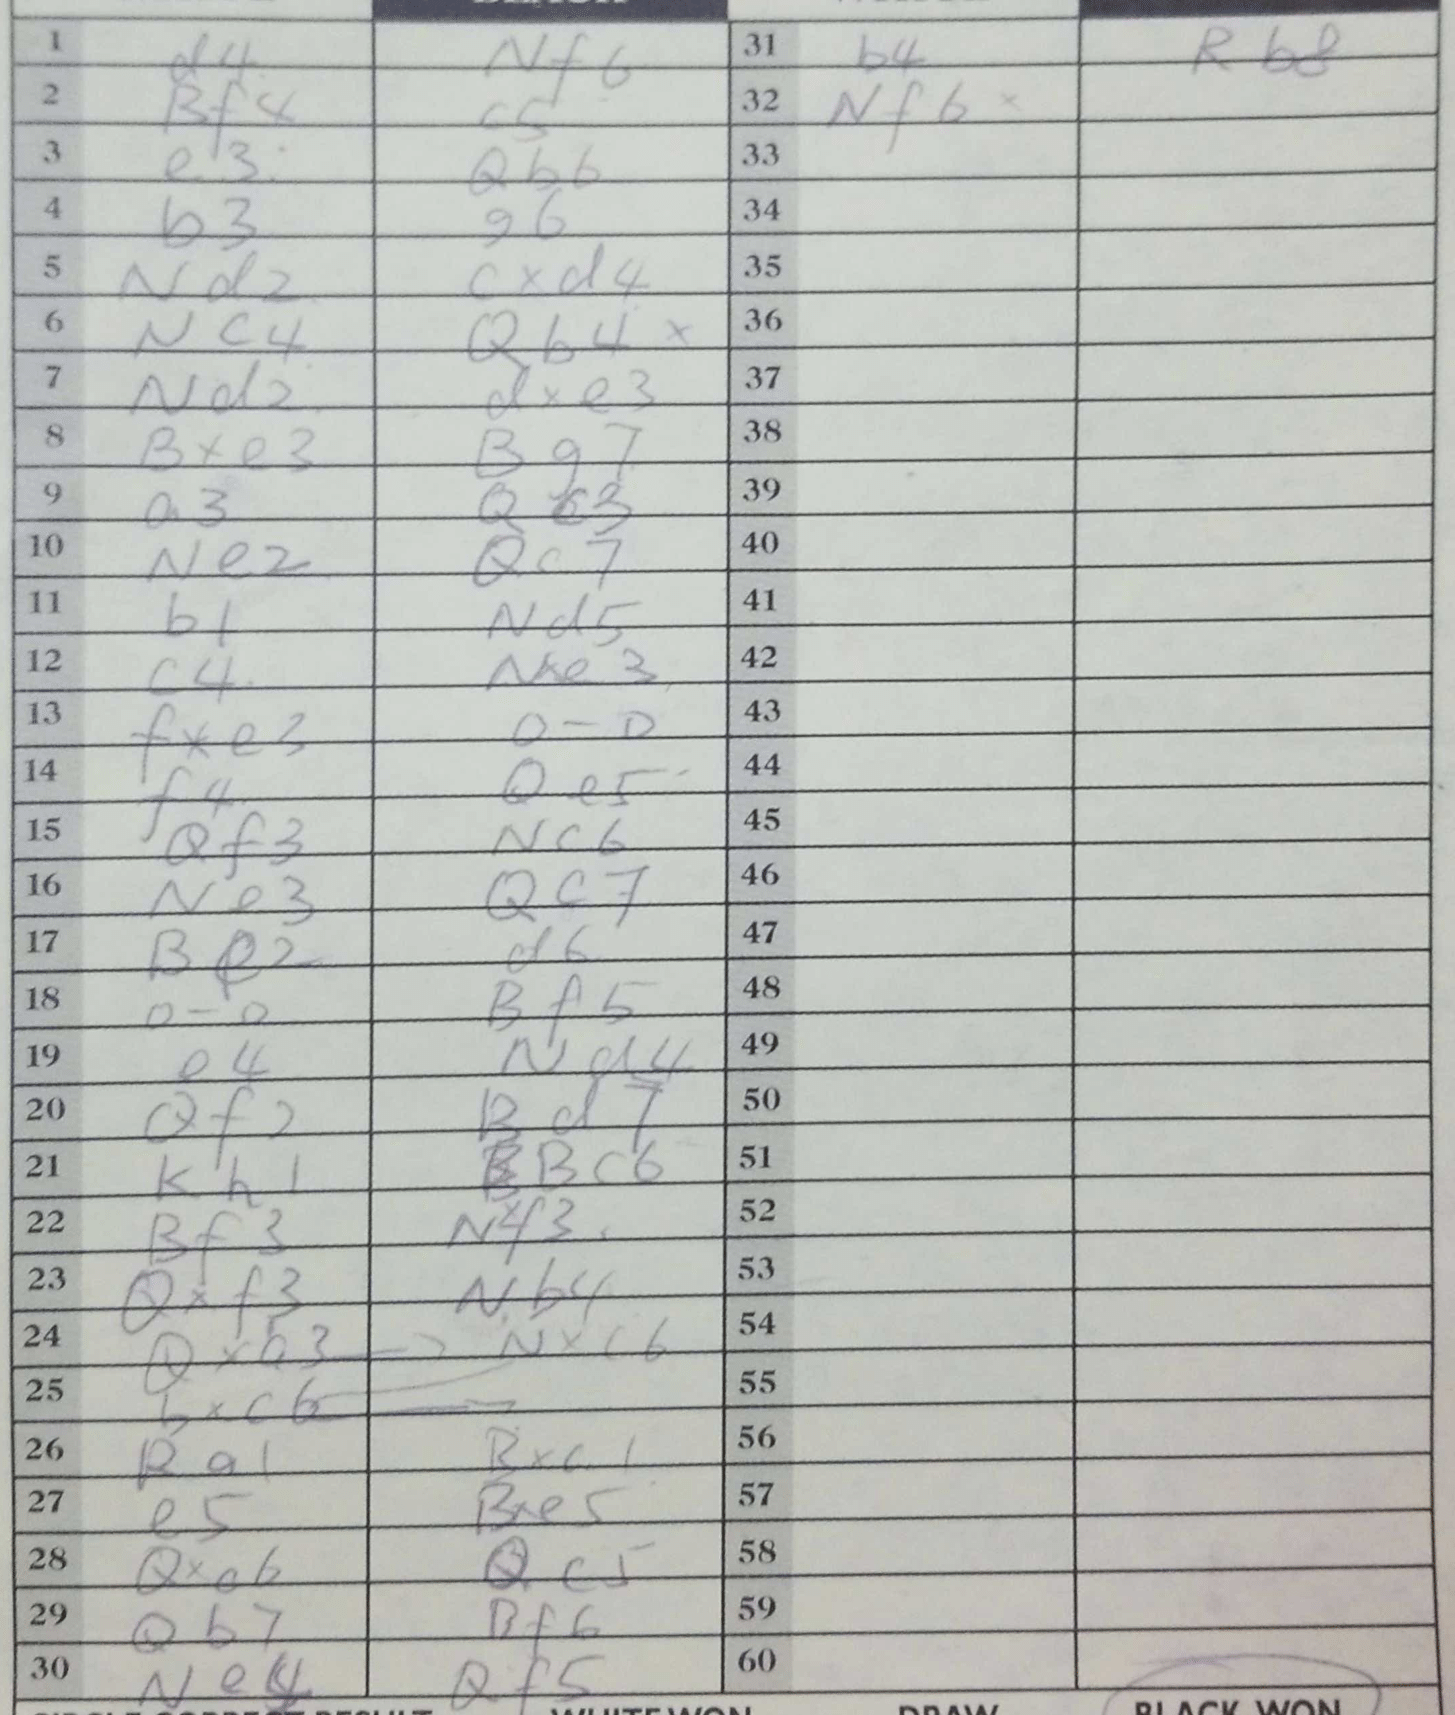
Moves: d4 Nf6 Bf4 c5 e3 Qb6 b3 g6 Nd2 cxd4 Nc4 Qb4+ Nd2 dxe3 Bxe3 Bg7 a3 Qc3 Ne2 Qc7 b1 Nd5 c4 Ne3 fxe3 O-O f4 Qe5 Qf3 Nc6 Ne3 Qc7 Be2 d6 O-O Bf5 e4 Nd4 Qf2 Bd7 Kh1 Bc6 Bf3 N4f4 Qxf3 Nb4 Qxb3 Nxc6 bxc6 Ra1 Rxc1 e5 Bxe5 Qxc6 Qc5 Qb7 Bf6 Ne4 Qf5 b4 Rb8 Nf6